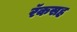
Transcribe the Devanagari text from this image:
रॅकसह